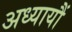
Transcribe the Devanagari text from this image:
अध्यायौं